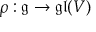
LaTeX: \rho : { \mathfrak { g } } \rightarrow { \mathfrak { g l } } ( V )